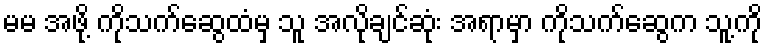
မမ အဖို့ ကိုသက်ဆွေထံမှ သူ အလိုချင်ဆုံး အရာမှာ ကိုသက်ဆွေက သူ့ကို